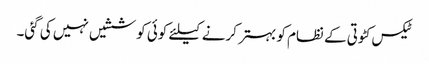
ٹیکس کٹوتی کے نظام کو بہتر کرنے کیلئے کوئی کوششیں نہیں کی گئی۔